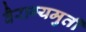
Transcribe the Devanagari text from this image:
वैराग्यमुर्ती